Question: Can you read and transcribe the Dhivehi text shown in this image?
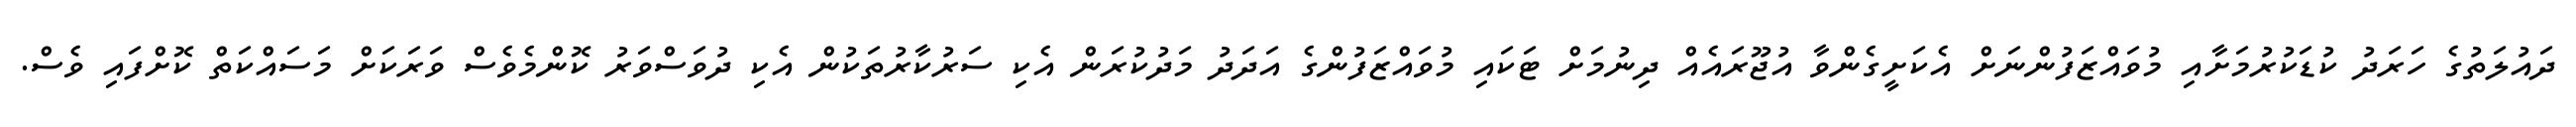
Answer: ދައުލަތުގެ ހަރަދު ކުޑަކުރުމަށާއި މުވައްޒަފުންނަށް އެކަށީގެންވާ އުޖޫރައެއް ދިނުމަށް ޓަކައި މުވައްޒަފުންގެ އަދަދު މަދުކުރަން އެކި ސަރުކާރުތަކުން އެކި ދުވަސްވަރު ކޮންމެވެސް ވަރަކަށް މަސައްކަތް ކޮށްފައި ވެސް.